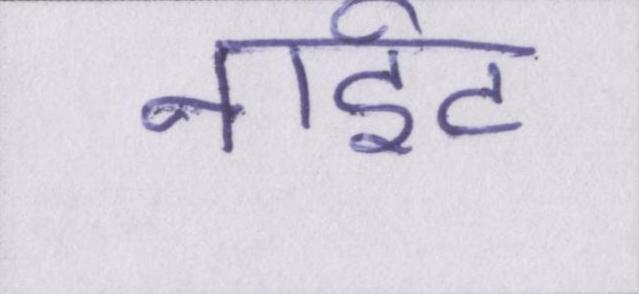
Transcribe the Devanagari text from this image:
नाईट